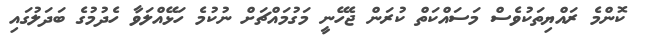
ކޮންމެ ރައްޔިތަކުވެސް މަސައްކަތް ކުރަން ޖެހޭނީ މަގުމައްޗަށް ނުކުމެ ހަޅޭއްލަވާ ހެދުމުގެ ބަދަލުގައި